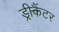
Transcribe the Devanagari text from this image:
ड्रीकैंटर